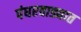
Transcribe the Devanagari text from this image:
पंधरवाड्यात